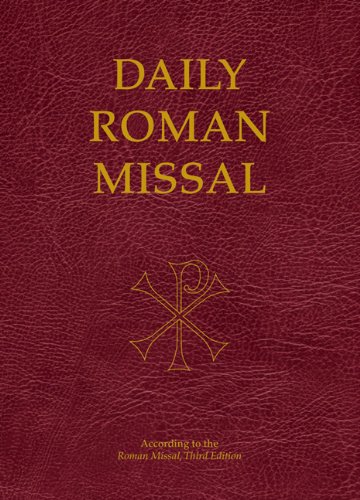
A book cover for Daily Roman Missal; Our Sunday Visitor; Christian Books & Bibles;